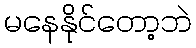
မနေနိုင်တော့ဘဲ